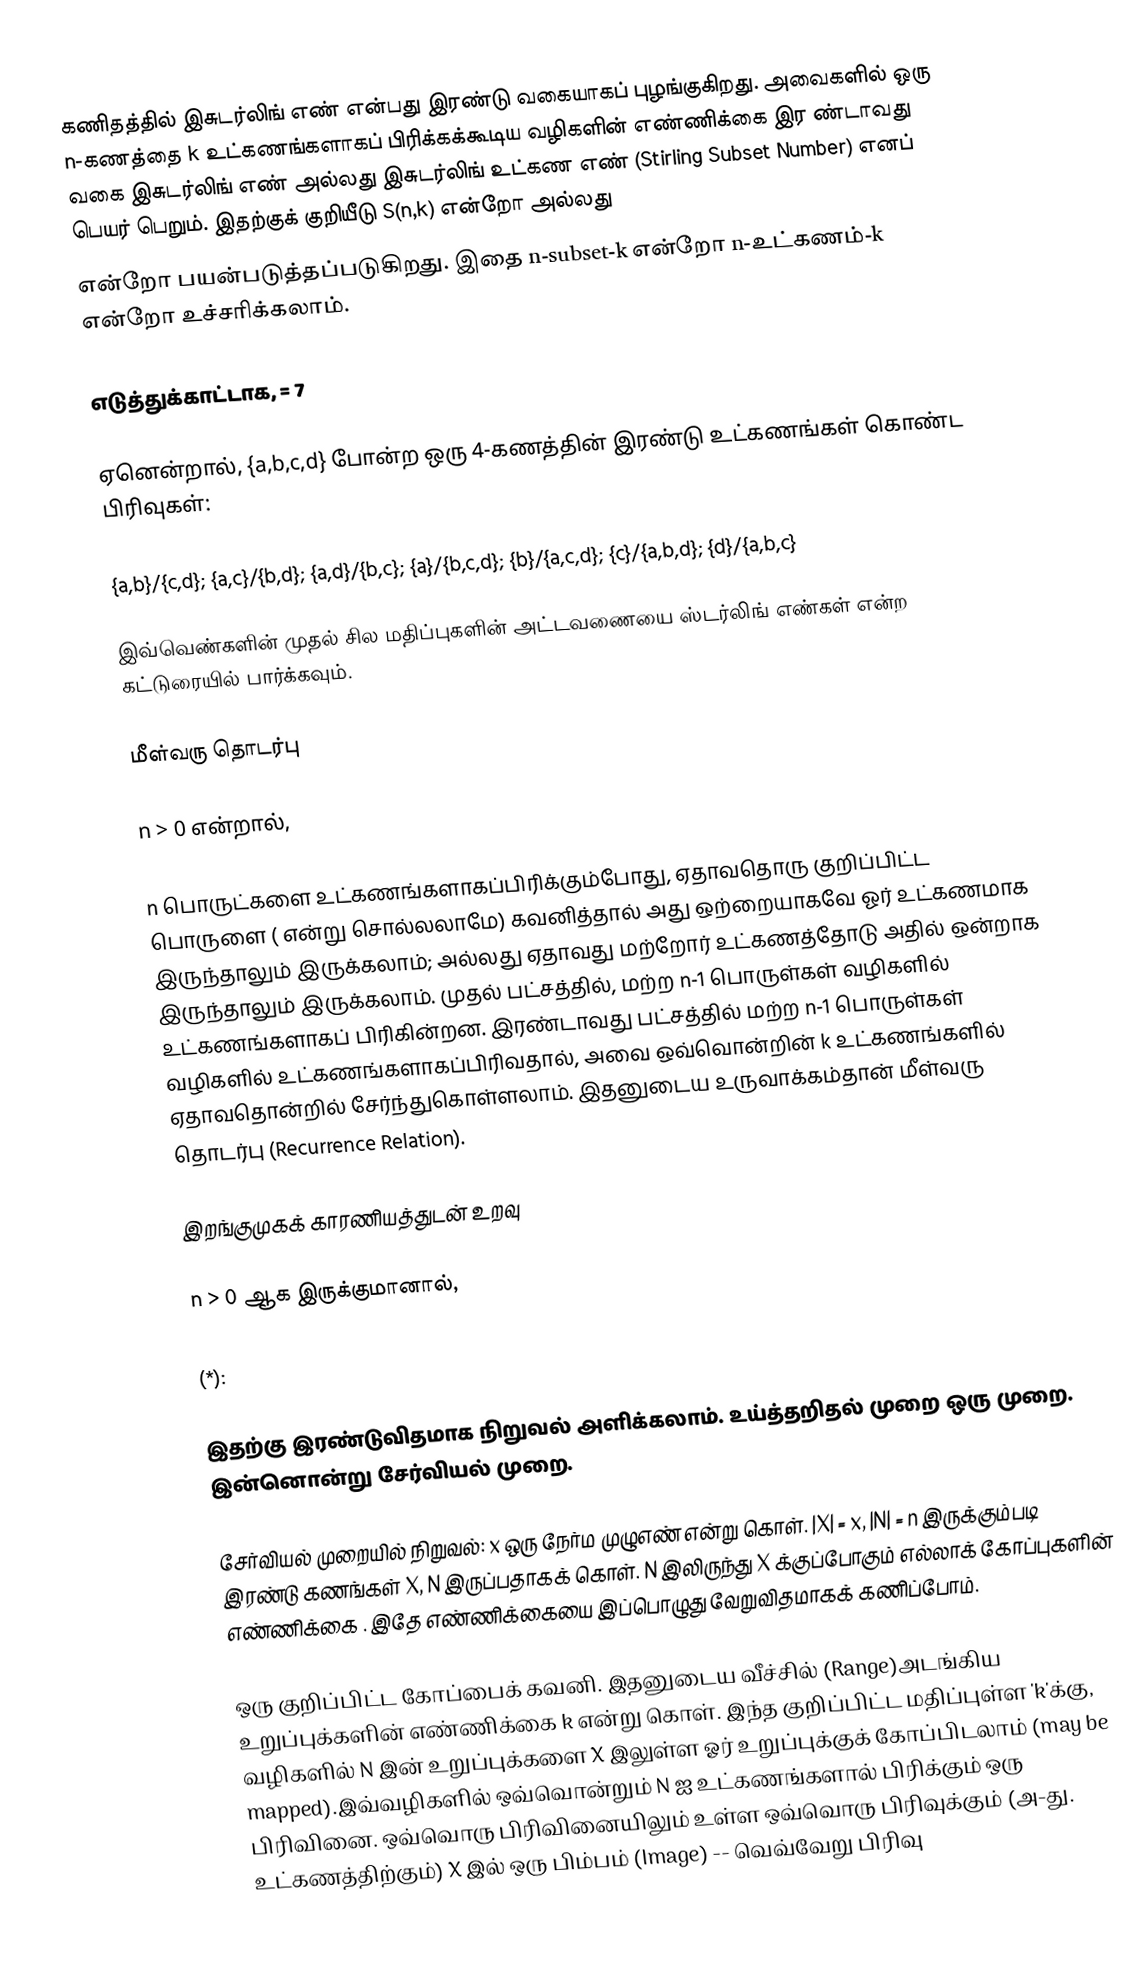
கணிதத்தில் இசுடர்லிங் எண் என்பது இரண்டு வகையாகப் புழங்குகிறது. அவைகளில் ஒரு n-கணத்தை k உட்கணங்களாகப் பிரிக்கக்கூடிய  வழிகளின் எண்ணிக்கை இர ண்டாவது வகை இசுடர்லிங் எண்  அல்லது இசுடர்லிங் உட்கண எண் (Stirling Subset Number) எனப் பெயர் பெறும். இதற்குக் குறியீடு  S(n,k) என்றோ அல்லது
 என்றோ பயன்படுத்தப்படுகிறது. இதை  n-subset-k என்றோ n-உட்கணம்-k என்றோ உச்சரிக்கலாம்.

எடுத்துக்காட்டாக,  = 7

ஏனென்றால், {a,b,c,d} போன்ற ஒரு 4-கணத்தின் இரண்டு உட்கணங்கள் கொண்ட   பிரிவுகள்:

 {a,b}/{c,d};  {a,c}/{b,d}; {a,d}/{b,c};  {a}/{b,c,d}; {b}/{a,c,d};  {c}/{a,b,d};  {d}/{a,b,c}

இவ்வெண்களின் முதல் சில மதிப்புகளின் அட்டவணையை ஸ்டர்லிங் எண்கள் என்ற கட்டுரையில் பார்க்கவும்.

மீள்வரு தொடர்பு

n > 0 என்றால்,

n பொருட்களை உட்கணங்களாகப்பிரிக்கும்போது, ஏதாவதொரு குறிப்பிட்ட பொருளை ( என்று சொல்லலாமே) கவனித்தால் அது ஒற்றையாகவே ஓர் உட்கணமாக இருந்தாலும் இருக்கலாம்; அல்லது ஏதாவது மற்றோர் உட்கணத்தோடு அதில் ஒன்றாக இருந்தாலும் இருக்கலாம். முதல் பட்சத்தில், மற்ற n-1 பொருள்கள்  வழிகளில் உட்கணங்களாகப் பிரிகின்றன. இரண்டாவது பட்சத்தில் மற்ற n-1 பொருள்கள்  வழிகளில் உட்கணங்களாகப்பிரிவதால், அவை ஒவ்வொன்றின் k  உட்கணங்களில் ஏதாவதொன்றில்  சேர்ந்துகொள்ளலாம். இதனுடைய உருவாக்கம்தான் மீள்வரு தொடர்பு (Recurrence Relation).

இறங்குமுகக் காரணியத்துடன் உறவு

 n > 0 ஆக இருக்குமானால்,

(*):

இதற்கு இரண்டுவிதமாக நிறுவல் அளிக்கலாம். உய்த்தறிதல் முறை ஒரு முறை. இன்னொன்று சேர்வியல் முறை.

சேர்வியல் முறையில் நிறுவல்: x ஒரு  நேர்ம முழுஎண்  என்று கொள். |X| = x, |N| = n இருக்கும்படி இரண்டு கணங்கள் X, N இருப்பதாகக் கொள்.  N இலிருந்து   X க்குப்போகும் எல்லாக் கோப்புகளின் எண்ணிக்கை  . இதே எண்ணிக்கையை இப்பொழுது வேறுவிதமாகக் கணிப்போம்.

ஒரு குறிப்பிட்ட கோப்பைக் கவனி. இதனுடைய வீச்சில் (Range)அடங்கிய உறுப்புக்களின் எண்ணிக்கை k என்று கொள். இந்த குறிப்பிட்ட மதிப்புள்ள 'k'க்கு,  வழிகளில்  N இன் உறுப்புக்களை X இலுள்ள ஓர் உறுப்புக்குக் கோப்பிடலாம் (may be mapped).இவ்வழிகளில் ஒவ்வொன்றும் N ஐ உட்கணங்களால் பிரிக்கும் ஒரு பிரிவினை. ஒவ்வொரு பிரிவினையிலும் உள்ள ஒவ்வொரு பிரிவுக்கும் (அ-து. உட்கணத்திற்கும்) X இல் ஒரு பிம்பம் (Image) -- வெவ்வேறு பிரிவு